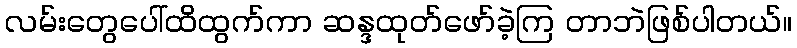
လမ်းတွေပေါ်ထိထွက်ကာ ဆန္ဒထုတ်ဖော်ခဲ့ကြ တာဘဲဖြစ်ပါတယ်။